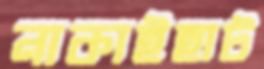
নাকাইহাট